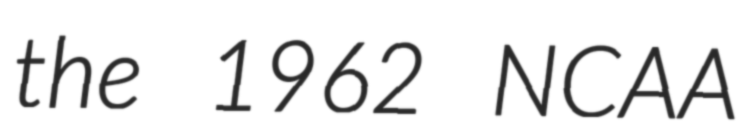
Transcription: the 1962 NCAA